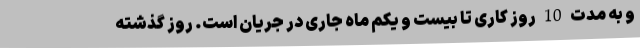
و به مدت 10 روز کاری تا بیست و یکم ماه جاری در جریان است. روز گذشته